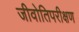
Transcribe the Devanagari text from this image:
जीवोतिपरीक्षण